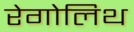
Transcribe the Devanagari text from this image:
रेगोलिथ